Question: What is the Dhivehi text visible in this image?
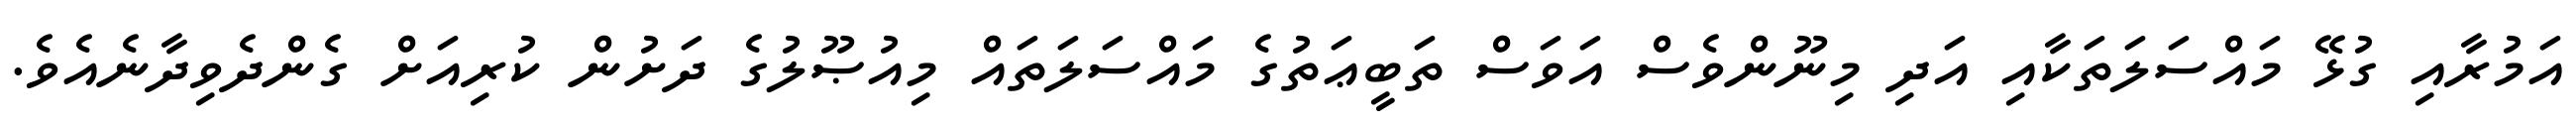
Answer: އަމުރާއި ގުޅޭ މައްސަލަތަކާއި އަދި މިނޫންވެސް އަވަސް ތަބީޢަތުގެ މައްސަލަތައް މިއުޞޫލުގެ ދަށުން ކުރިއަށް ގެންދެވިދާނެއެވެ.